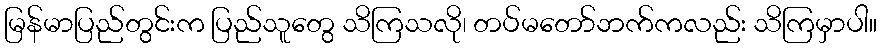
မြန်မာပြည်တွင်းက ပြည်သူတွေ သိကြသလို၊ တပ်မတော်ဘက်ကလည်း သိကြမှာပါ။